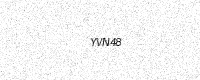
Text: YVN48